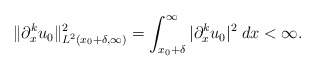
\begin{align*}\|\partial_x^ku_0\|_{L^2(x_0+\delta,\infty)}^2= \int_{x_0+\delta}^\infty |\partial_x^ku_0|^2 \; dx< \infty.\end{align*}